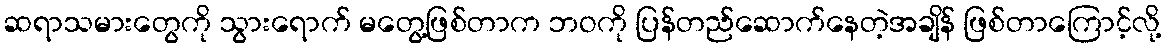
ဆရာသမားတွေကို သွားရောက် မတွေ့ဖြစ်တာက ဘဝကို ပြန်တည်ဆောက်နေတဲ့အချိန် ဖြစ်တာကြောင့်လို့